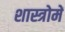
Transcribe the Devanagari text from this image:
शास्त्रोमें